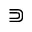
\Supset